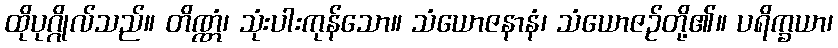
ထိုပုဂ္ဂိုလ်သည်။ တိဏ္ဏံ၊ သုံးပါးကုန်သော။ သံယောဇနာနံ၊ သံယောဇဉ်တို့၏။ ပရိက္ခယာ၊